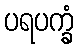
ပရပက္ခံ